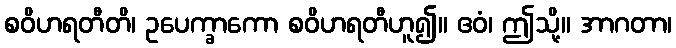
စဝိဟရတီတိ၊ ဥပေက္ခာကော စဝိဟရတီဟူ၍။ ဧဝံ၊ ဤသို့။ အာဂတာ၊